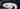
و